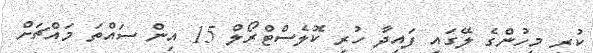
ކުރި މީހުންގެ ލޭގައި ފައިދާ ހުރި ކޮލެސްޓްރޯލް 15 އިން ސައްތަ މައްޗަށް